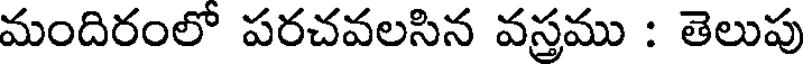
మందిరంలో పరచవలసిన వస్తము : తెలుపు